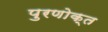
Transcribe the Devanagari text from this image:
पुरणोक्त